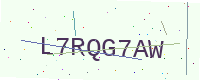
Text: L7RQG7AW